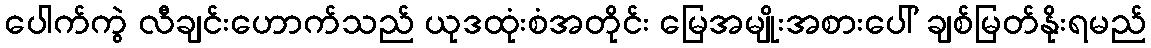
ပေါက်ကွဲ လီချင်းဟောက်သည် ယုဒထုံးစံအတိုင်း မြေအမျိုးအစားပေါ် ချစ်မြတ်နိုးရမည်